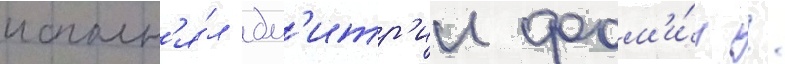
исполн'я́л дм'итр'ии фом'и́н /